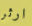
ارثر